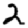
Digit: 2